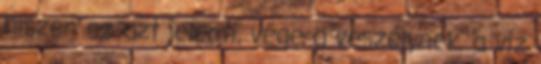
hiszen ez azt jelenti, vége a veszélynek, a víz